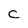
Character: C